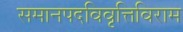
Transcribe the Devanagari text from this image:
समानपदविवृत्तिविराम